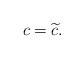
LaTeX: \begin{align*}c=\widetilde{c}. \end{align*}